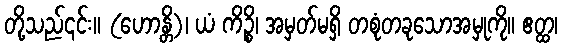
တို့သည်၎င်း။ (ဟောန္တိ)၊ ယံ ကိဉ္စိ၊ အမှတ်မရှိ တစုံတခုသောအမှုကို။ ဧတ္ထ၊